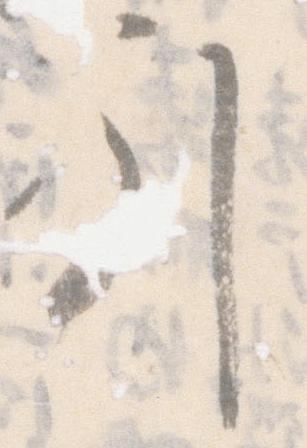
引